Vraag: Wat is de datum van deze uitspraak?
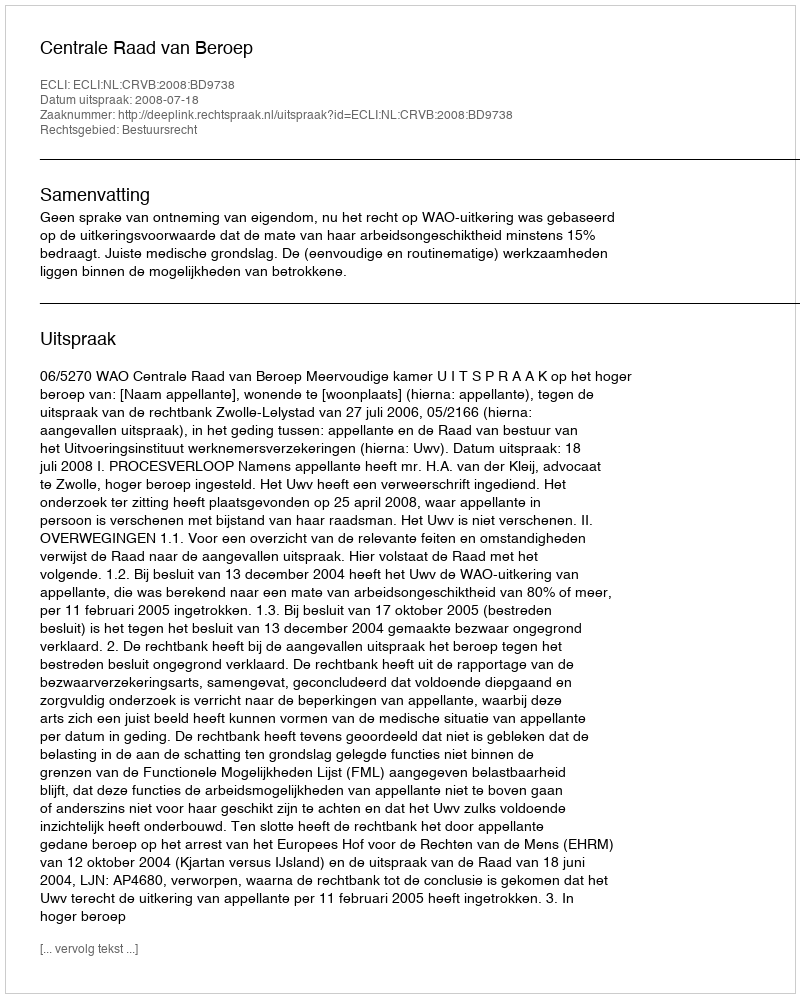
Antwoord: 2008-07-18